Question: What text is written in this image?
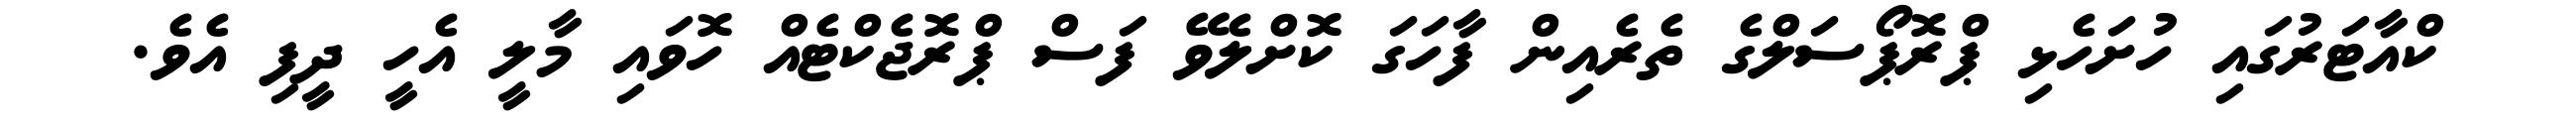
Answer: ކްއާޓަރުގައި ހުށަހެޅި ޕްރޮޕޯސަލްގެ ތެރެއިން ފާހަގަ ކޮށްލެވޭ ފަސް ޕްރޮޖެކްޓެއް ހޮވައި މާލީ އެހީ ދީފި އެވެ.